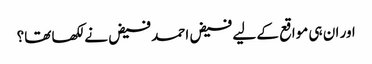
اور ان ہی مواقع کے لیے فیض احمد فیض نے لکھا تھا؟